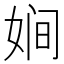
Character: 㛠